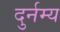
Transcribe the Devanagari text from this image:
दुर्नम्य